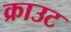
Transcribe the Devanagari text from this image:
क्राउट